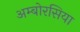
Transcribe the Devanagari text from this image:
अम्बोरसिया